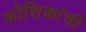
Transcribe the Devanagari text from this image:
कोशिकांची